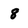
Character: 8